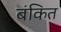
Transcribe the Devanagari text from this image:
बंकित